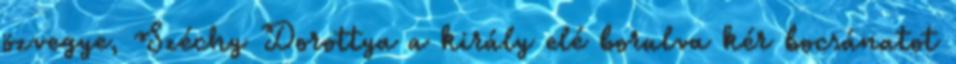
özvegye, Széchy Dorottya a király elé borulva kér bocsánatot